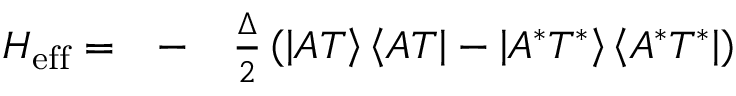
\begin{array} { r l r } { H _ { \mathrm { e f f } } = } & { { } - } & { \frac { \Delta } { 2 } \left( \left| A T \right\rangle \left\langle A T \right| - \left| A ^ { * } T ^ { * } \right\rangle \left\langle A ^ { * } T ^ { * } \right| \right) } \end{array}